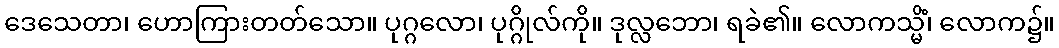
ဒေသေတာ၊ ဟောကြားတတ်သော။ ပုဂ္ဂလော၊ ပုဂ္ဂိုလ်ကို။ ဒုလ္လဘော၊ ရခဲ၏။ လောကသ္မိံ၊ လောက၌။